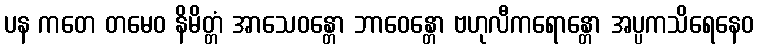
ပန ကတေ တမေဝ နိမိတ္တံ အာသေဝန္တော ဘာဝေန္တော ဗဟုလီကရောန္တော အပ္ပကသိရေနေဝ